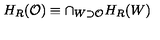
H _ { R } ( \mathcal { O } ) \equiv \cap _ { W \supset \mathcal { O } } H _ { R } ( W )